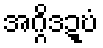
အဂ္ဂိဒဍ္ဎံ